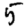
Digit: 5